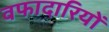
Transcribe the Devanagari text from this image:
वफादारियों